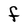
Character: F